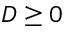
D \geq 0